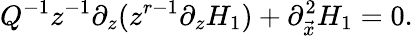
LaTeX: Q^{-1}z^{-1}\partial_{z}(z^{r-1}\partial_{z}H_{1})+\partial_{\vec{x}}^{2}H_{1}=0.